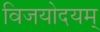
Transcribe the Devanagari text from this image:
विजयोदयम्